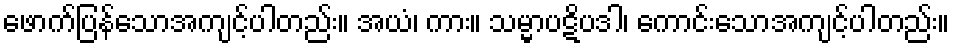
ဖောက်ပြန်သောအကျင့်ပါတည်း။ အယံ၊ ကား။ သမ္မာပဋိပဒါ၊ ကောင်းသောအကျင့်ပါတည်း။